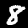
Digit: 8